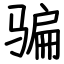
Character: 骗